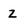
Character: z